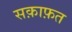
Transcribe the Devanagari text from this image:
सक़ाफ़त